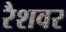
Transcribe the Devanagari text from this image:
रैशवर